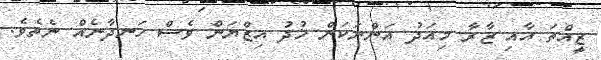
ޒީއްތަ އާއި ޒާރާ މިއަދު އަންނަކަން ޚުދު އިޒްޔަން ވެސް ހަނދާނެއް ނެތެވެ.